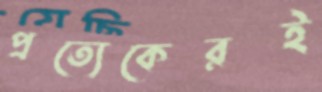
প্রত্যেকেরই